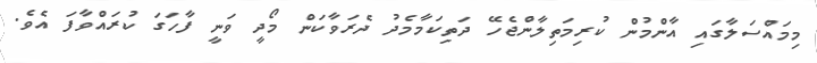
މިމައްސަލާގައި އާންމުން ކުރިމަތިލާންޖެހޭ ދަތިކަމާމެދު ދެރަވާކަން މޯދީ ވަނީ ފާހަގަ ކުރައްވާފަ އެވެ.